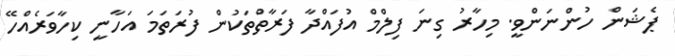
ޕެޝަން ހުންނަންވީ. މިހާރު ގިނަ ފިލްމް އުފައްދާ ފަރާތްތަކުން ފުރަތަމަ އަހާނީ ކިހާވަރެއްހޭ